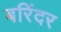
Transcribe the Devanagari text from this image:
बरिंदर